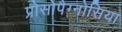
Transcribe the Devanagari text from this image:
प्रोसोपैग्नोसिया